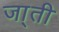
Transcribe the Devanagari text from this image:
जा्ती